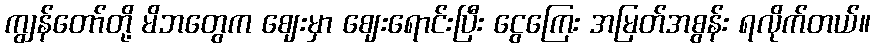
ကျွန်တော်တို့ မိဘတွေက ဈေးမှာ ဈေးရောင်းပြီး ငွေကြေး အမြတ်အစွန်း ရလိုက်တယ်။